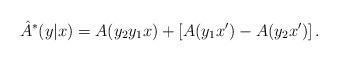
LaTeX: \begin{align*}\hat{A}^*(y|x) = A(y_2y_1x) + \left[ A(y_1x') - A(y_2x') \right].\end{align*}